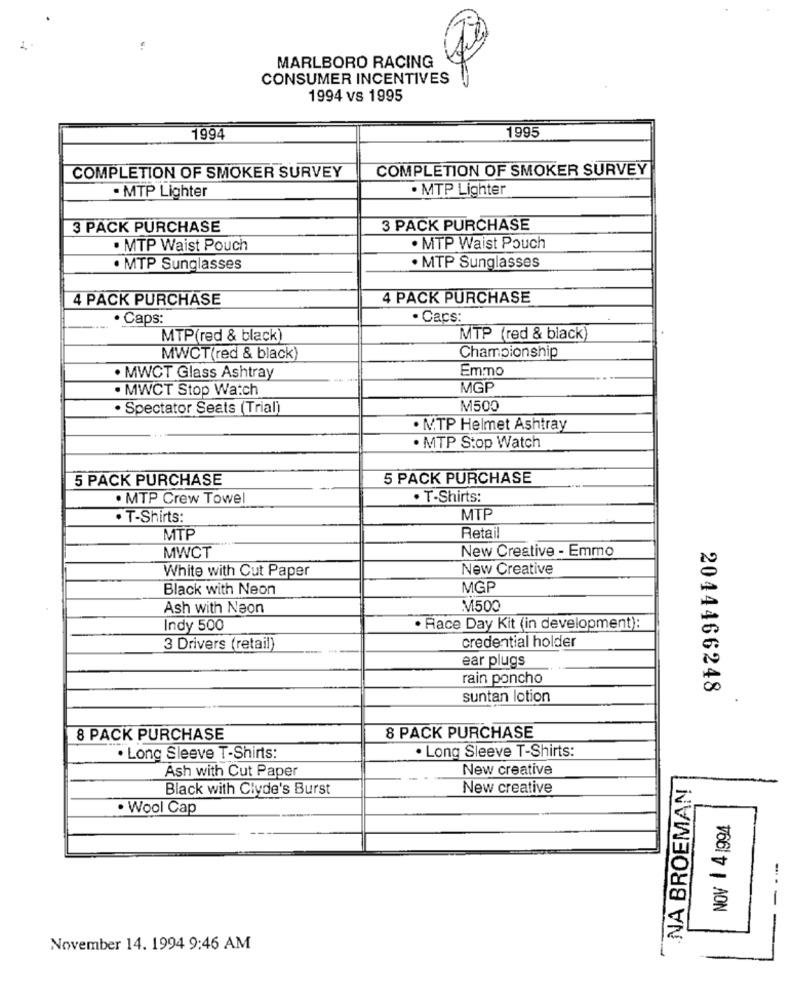
MARLBORO RACING
CONSUMER INCENTIVES
1994 vs 1995
1995
1994
COMPLETION OF SMOKER SURVEY
COMPLETION OF SMOKER SURVEY
. MTP Lighter
· MTP Lighter
3 PACK PURCHASE
3 PACK PURCHASE
· MTP Waist Pouch
. MTP Waist Pouch
· MTP Sunglasses
· MTP Sunglasses
4 PACK PURCHASE
4 PACK PURCHASE
· Caps:
· Caps:
MTP(red & black)
MTP (red & black)
MWCT(red & black)
Championship
Emmo
. MWCT Glass Ashtray
· MWCT Stop Watch
MGP
· Spectator Seats (Trial)
M500
. M.TP Helmet Ashtray
. MTP Stop Watch
5 PACK PURCHASE
5 PACK PURCHASE
. MTP Crew Towel
. T-Shirts:
. T-Shirts:
MTP
Retail
MTP
MWCT
New Creative - Emmo
White with Cut Paper
New Creative
Black with Neon
MGP
Ash with Neon
M500
Indy 500
· Race Day Kit (in development):
credential holder
3 Drivers (retail)
ear plugs
rain poncho
2044466248
suntan lotion
8 PACK PURCHASE
8 PACK PURCHASE
· Long Sleeve T-Shirts:
. Long Sleeve T-Shirts:
Ash with Cut Paper
New creative
NA BROEMAN
Black with Clyde's Burst
New creative
. Wool Cap
-
November 14. 1994 9:46 AM